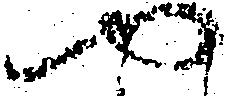
や